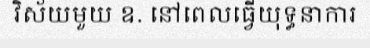
វិស័យមួយ ឧ. នៅពេលធ្វើយុទ្ធនាការ